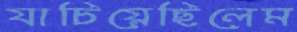
যাচিয়েছিলেম